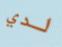
لدي